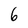
Character: 6